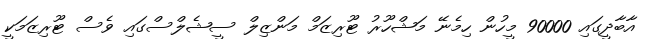
އާބާދީގައި 90000 މީހުން ހިމެނޭ މަޝްހޫރު ޓޫރިޒަމް މަންޒިލް ސީޝެލްސްގައި ވެސް ޓޫރިޒަމަކީ